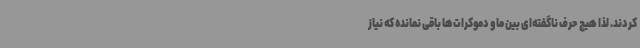
کردند. لذا هیچ حرف ناگفته‌ای بین ما و دموکرات‌ها باقی نمانده که نیاز